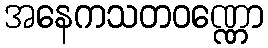
အနေကသတဝဏ္ဏော